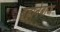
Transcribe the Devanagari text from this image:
बहानेबाज